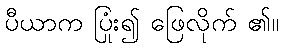
ပီယာက ပြုံး၍ ဖြေလိုက် ၏။